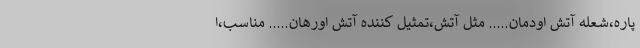
پاره،شعله آتش اودمان….. مثل آتش،تمثیل کننده آتش اورهان….. مناسب،ا